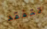
تتفقد